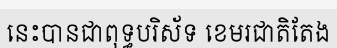
នេះបានជាពុទ្ធបរិស័ទ ខេមរជាតិតែង